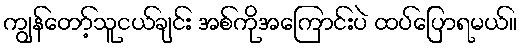
ကျွန်တော့်သူငယ်ချင်း အစ်ကိုအကြောင်းပဲ ထပ်ပြောရမယ်။